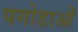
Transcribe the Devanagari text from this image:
पगोडाओं